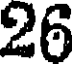
26